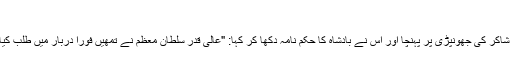
”
خادم شاکر کی جھونپڑی پر پہنچا اور اس نے بادشاہ کا حکم نامہ دکھا کر کہا: "عالی قدر سلطان معظم نے تمھیں فوراً دربار میں طلب کیا ہے۔